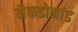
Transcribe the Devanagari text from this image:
मैकडोनांड